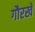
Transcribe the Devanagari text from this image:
गौरखे